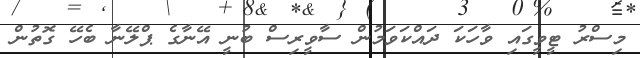
މިސްރު ޓީވީގައި ވާހަކަ ދައްކަވަމުން ސާވީރިސް ބުނީ އޭނާގެ ޕްލޭނާ ބެހޭ ގޮތުން